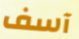
آسف